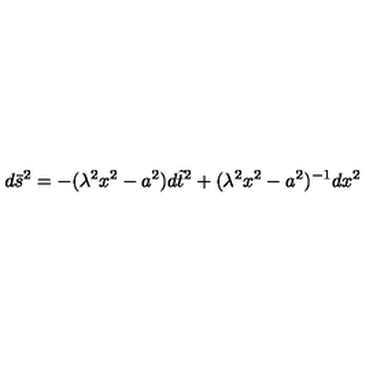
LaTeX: d \bar { s } ^ { 2 } = - ( \lambda ^ { 2 } x ^ { 2 } - a ^ { 2 } ) d \tilde { t } ^ { 2 } + ( \lambda ^ { 2 } x ^ { 2 } - a ^ { 2 } ) ^ { - 1 } d x ^ { 2 }